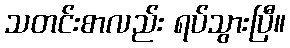
သတင်းစာလည်း ရပ်သွားပြီ။